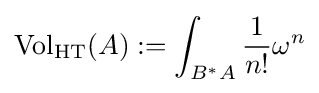
\operatorname {Vol} _{\text{HT}}(A):=\int _{B^{*}A}{\frac {1}{n!}}\omega ^{n}